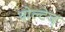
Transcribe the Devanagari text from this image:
वोल्टेज्